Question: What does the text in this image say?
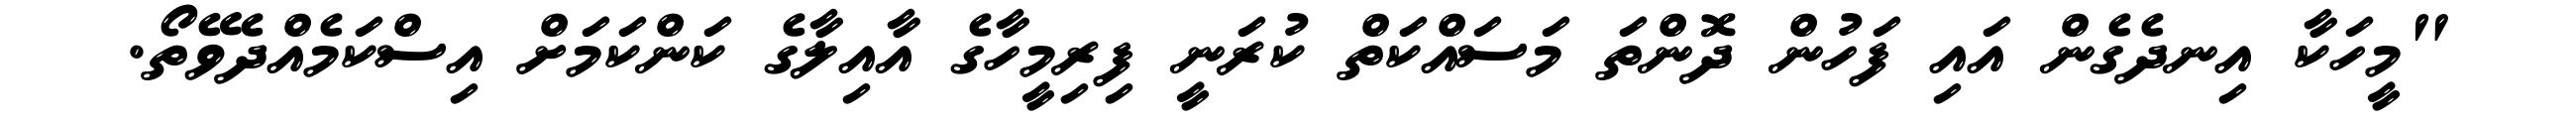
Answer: "މީހަކާ އިނދެގެން އައި ފަހުން ދޮންތަ މަސައްކަތް ކުރަނީ ފިރިމީހާގެ އާއިލާގެ ކަންކަމަށް އިސްކަމެއްދެވޭތޯ.